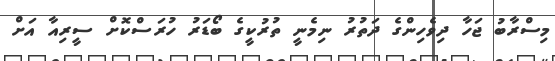
މިސްރާބު ޖަހާ ދިވެހިންގެ ދަތުރު ނިމެނީ ތުރުކީގެ ބޯޑަރު ހުރަސްކޮށް ސީރިއާ އަށް